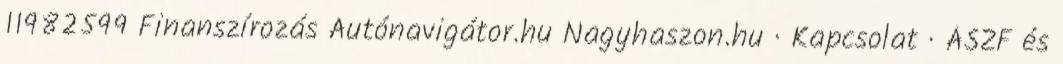
11982599 Finanszírozás Autónavigátor.hu Nagyhaszon.hu · Kapcsolat · ÁSZF és